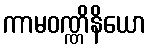
ကာမဝဏ္ဏိနိယော